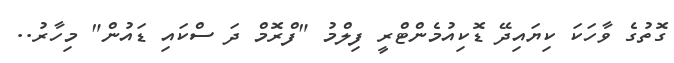
ގޮތުގެ ވާހަކަ ކިޔައިދޭ ޑޮކިއުމެންޓްރީ ފިލްމު "ފްރޮމް ދަ ސްކައި ޑައުން" މިހާރު..